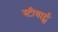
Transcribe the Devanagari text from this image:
स्टीवार्ट्स